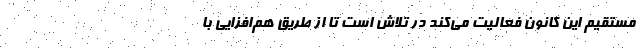
مستقیم این کانون فعالیت می‌کند در تلاش است تا از طریق هم‌افزایی با